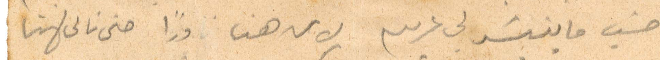
حسب ما ينشر لي عربية لان هنا فنا حتى نال لاهنا